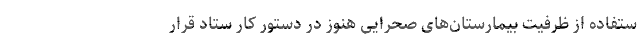
ستفاده از ظرفیت بیمارستان‌های صحرایی هنوز در دستور کار ستاد قرار